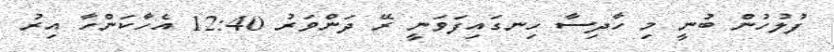
ފުލުހުން ބުނީ މި ހާދިސާ ހިނގައިފަވަނީ ރޭ ދަންވަރު 12:40 އެހާކަންހާ އިރު